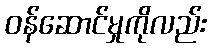
ဝန်ဆောင်မှုကိုလည်း